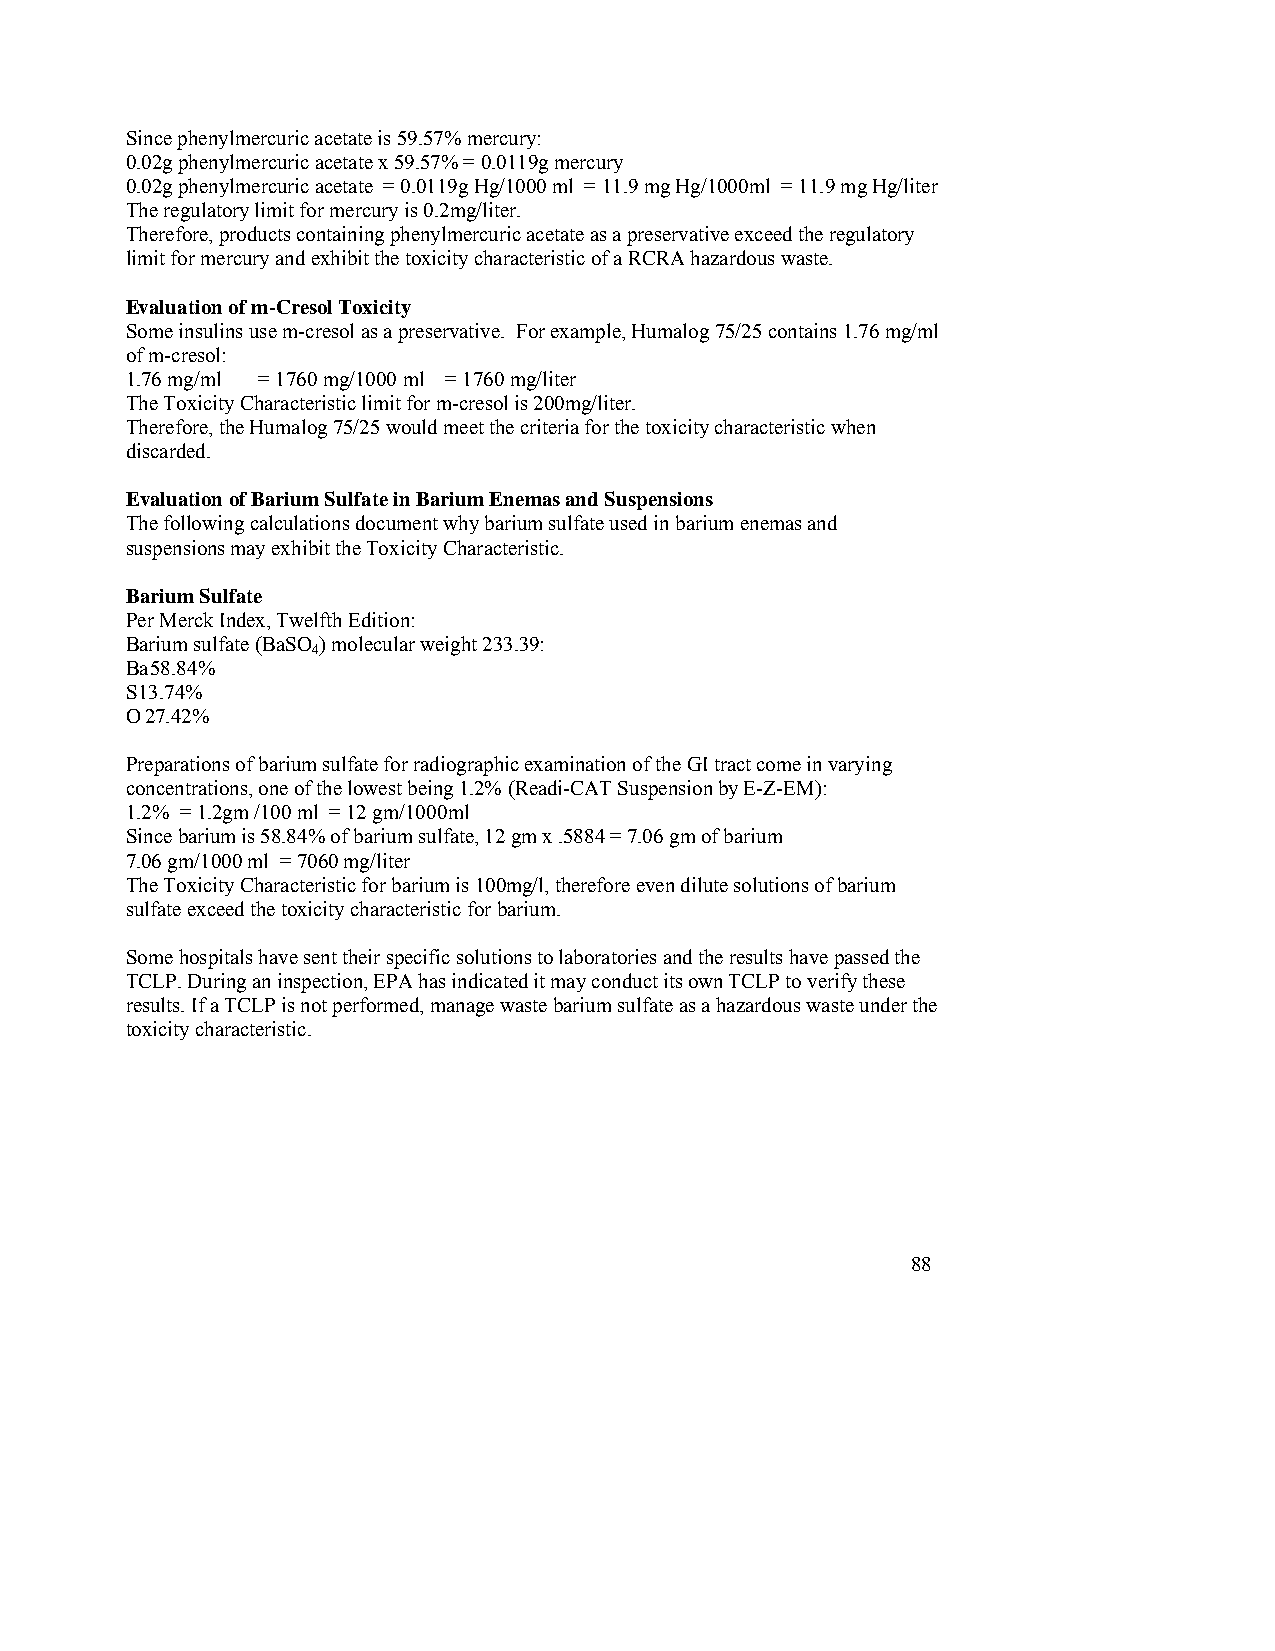
Since phenylmercuric acetate is 59.57% mercury:
 0.02g phenylmercuric acetate x 59.57% = 0.0119g mercury
 0.02g phenylmercuric acetate = 0.0119g Hg/1000 ml = 11.9 mg Hg/1000ml = 11.9 mg Hg/liter
 The regulatory limit for mercury is 0.2mg/liter.
 Therefore, products containing phenylmercuric acetate as a preservative exceed the regulatory
 limit for mercury and exhibit the toxicity characteristic of a RCRA hazardous waste.
 Evaluation of m-Cresol Toxicity
 Some insulins use m-cresol as a preservative. For example, Humalog 75/25 contains 1.76 mg/ml
 of m-cresol:
 1.76 mg/ml = 1760 mg/1000 ml = 1760 mg/liter
 The Toxicity Characteristic limit for m-cresol is 200mg/liter.
 Therefore, the Humalog 75/25 would meet the criteria for the toxicity characteristic when
 discarded.
 Evaluation of Barium Sulfate in Barium Enemas and Suspensions
 The following calculations document why barium sulfate used in barium enemas and
 suspensions may exhibit the Toxicity Characteristic.
 Barium Sulfate
 Per Merck Index, Twelfth Edition:
 Barium sulfate (BaSO ) molecular weight 233.39:
 4
 Ba 58.84%
 S 13.74%
 O 27.42%
 Preparations of barium sulfate for radiographic examination of the GI tract come in varying
 concentrations, one of the lowest being 1.2% (Readi-CAT Suspension by E-Z-EM):
 1.2% = 1.2gm /100 ml = 12 gm/1000ml
 Since barium is 58.84% of barium sulfate, 12 gm x .5884 = 7.06 gm of barium
 7.06 gm/1000 ml = 7060 mg/liter
 The Toxicity Characteristic for barium is 100mg/l, therefore even dilute solutions of barium
 sulfate exceed the toxicity characteristic for barium.
 Some hospitals have sent their specific solutions to laboratories and the results have passed the
 TCLP. During an inspection, EPA has indicated it may conduct its own TCLP to verify these
 results. If a TCLP is not performed, manage waste barium sulfate as a hazardous waste under the
 toxicity characteristic.
 88